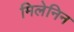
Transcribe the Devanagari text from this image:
मिलेनिन